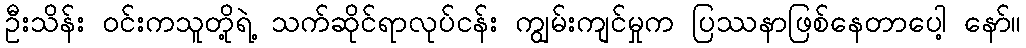
ဦးသိန်း ဝင်းကသူတို့ရဲ့ သက်ဆိုင်ရာလုပ်ငန်း ကျွမ်းကျင်မှုက ပြဿနာဖြစ်နေတာပေါ့ နော်။